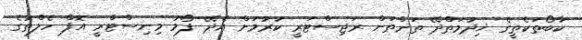
ކާބޯތަކެތީގެ ޚިދުމަތްދޭ ތަންތަން ރަޖިސްޓަރީ ކުރުމަށް އެދޭ ފޯމު މިނިސްޓްރީ އޮފް ހެލްތުގެ